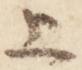
上